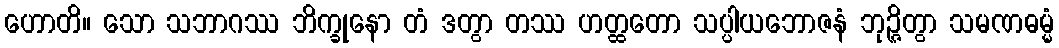
ဟောတိ။ သော သဘာဂဿ ဘိက္ခုနော တံ ဒတွာ တဿ ဟတ္ထတော သပ္ပါယဘောဇနံ ဘုဉ္ဇိတွာ သမဏဓမ္မံ